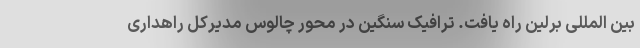
بین المللی برلین راه یافت. ترافیک سنگین در محور چالوس مدیرکل راهداری